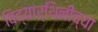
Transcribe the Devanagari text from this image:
विद्यार्थिनींच्या